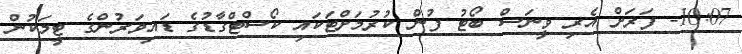
10:07- ފަރަށް އެރި ވީނަސް ބޯޓު ފުން ކުރުމަށްޓަކައި ކޯސްޓްގާޑުގެ ޑައިވަރުންގެ ޓީމަކުން